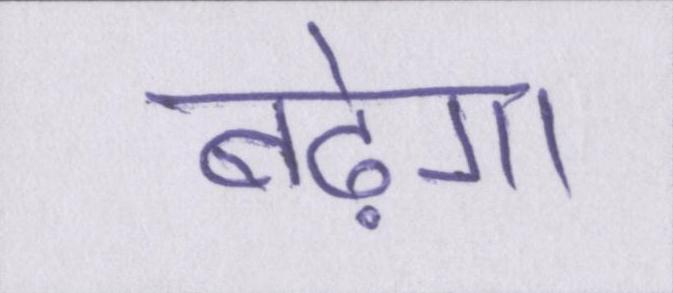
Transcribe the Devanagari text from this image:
बढ़ेगा